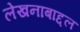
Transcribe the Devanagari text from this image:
लेखनाबाद्दल